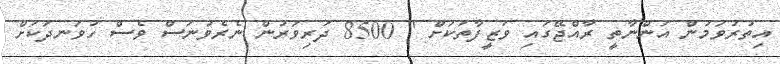
އިތުރުވަމުން އަންނާތީ ރާއްޖޭގައި ވަޒީފާތަކަށް " 8500 ދަރިވަރުން ނެރެވުނަސް ވެސް ހުވަނދަކަށް